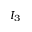
I _ { 3 }